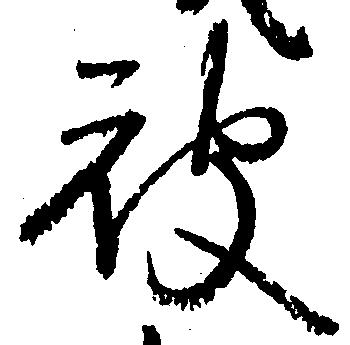
被